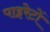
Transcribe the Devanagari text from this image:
पाइरेटों